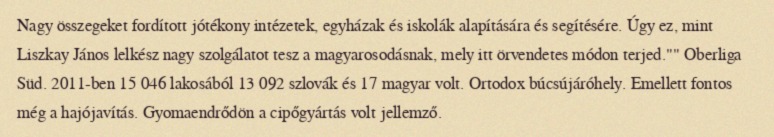
Nagy összegeket fordított jótékony intézetek, egyházak és iskolák alapítására és segítésére. Úgy ez, mint Liszkay János lelkész nagy szolgálatot tesz a magyarosodásnak, mely itt örvendetes módon terjed."" Oberliga Süd. 2011-ben 15 046 lakosából 13 092 szlovák és 17 magyar volt. Ortodox búcsújáróhely. Emellett fontos még a hajójavítás. Gyomaendrődön a cipőgyártás volt jellemző.